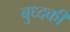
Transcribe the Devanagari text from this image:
बुध्दकी